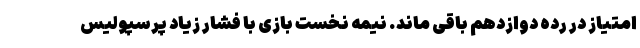
امتیاز در رده دوازدهم باقی ماند. نیمه نخست بازی با فشار زیاد پرسپولیس